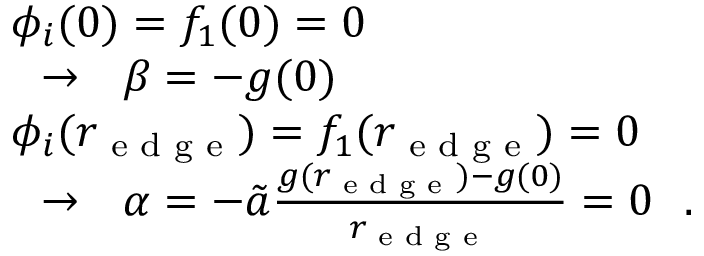
\begin{array} { r l } & { \phi _ { i } ( 0 ) = f _ { 1 } ( 0 ) = 0 } \\ & { ~ ~ \rightarrow ~ ~ \beta = - g ( 0 ) } \\ & { \phi _ { i } ( r _ { \textrm { e d g e } } ) = f _ { 1 } ( r _ { \textrm { e d g e } } ) = 0 } \\ & { ~ ~ \rightarrow ~ ~ \alpha = - \tilde { a } \frac { g ( r _ { \textrm { e d g e } } ) - g ( 0 ) } { r _ { \textrm { e d g e } } } = 0 ~ ~ . } \end{array}